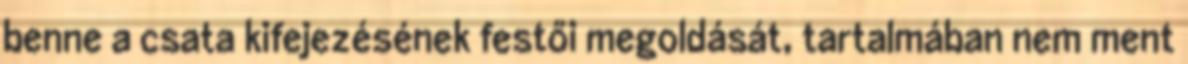
benne a csata kifejezésének festői megoldását, tartalmában nem ment